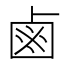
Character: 鹵